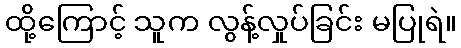
ထို့ကြောင့် သူက လွန့်လှုပ်ခြင်း မပြုရဲ။